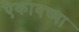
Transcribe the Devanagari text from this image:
ऐकायच्या